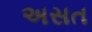
અસત